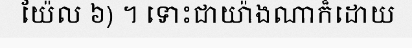
យ៉ែល ៦) ។ ទោះជាយ៉ាងណាក៏ដោយ